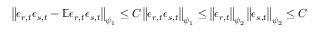
\left\lVert \epsilon _ { r , t } \epsilon _ { s , t } - \mathbb { E } \epsilon _ { r , t } \epsilon _ { s , t } \right\rVert _ { \psi _ { 1 } } \leq C \left\lVert \epsilon _ { r , t } \epsilon _ { s , t } \right\rVert _ { \psi _ { 1 } } \leq \left\lVert \epsilon _ { r , t } \right\rVert _ { \psi _ { 2 } } \left\lVert \epsilon _ { s , t } \right\rVert _ { \psi _ { 2 } } \leq C